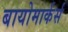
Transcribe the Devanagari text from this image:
बायोमार्कर्स